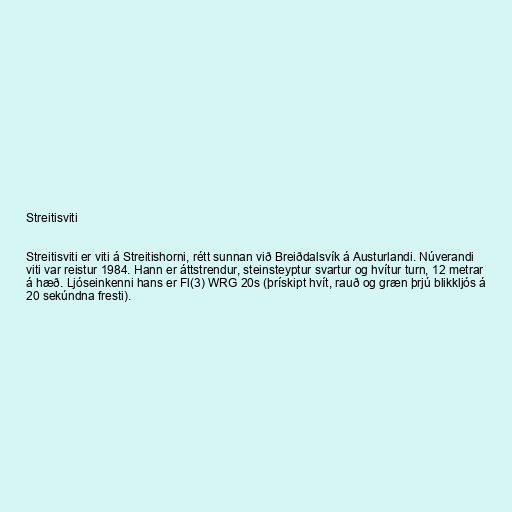
Streitisviti

Streitisviti er viti á Streitishorni, rétt sunnan við Breiðdalsvík á Austurlandi. Núverandi
viti var reistur 1984. Hann er áttstrendur, steinsteyptur svartur og hvítur turn, 12 metrar
á hæð. Ljóseinkenni hans er Fl(3) WRG 20s (þrískipt hvít, rauð og græn þrjú blikkljós á
20 sekúndna fresti).